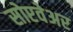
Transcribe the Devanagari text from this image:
सोप्टवेअर